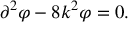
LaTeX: \partial ^ { 2 } \varphi - 8 k ^ { 2 } \varphi = 0 .